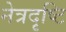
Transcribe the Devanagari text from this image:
नेत्रदृष्टि